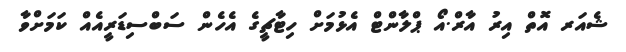
ޝެއަރ އޮތް އިރު އާރް.އޯ ޕްލާންޓް އެޅުމަށް ހިޓާޗީގެ އެހެން ސަބްސިޑަރީއެއް ކަމަށްވާ